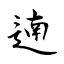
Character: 遖